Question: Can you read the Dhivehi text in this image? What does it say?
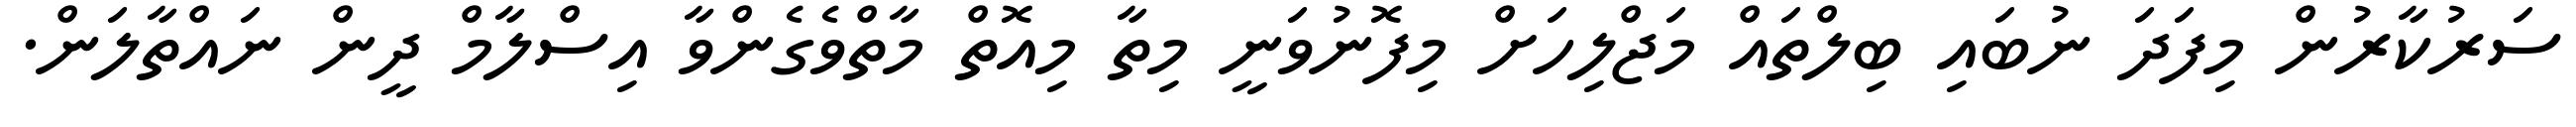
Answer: ސަރުކާރުން މިފަދަ ނުބައި ބިލްތައް މަޖްލިހަށް މިފޮނުވަނީ މިތާ މިއޮތް މާތްވެގެންވާ އިސްލާމް ދީން ނައްތާލަން.